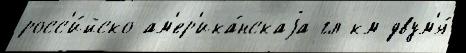
росс'и́йско-ам'ер'ика́нскаjа гл км двум'я́